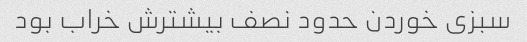
سبزی خوردن حدود نصف بیشترش خراب بود